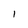
Character: I